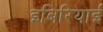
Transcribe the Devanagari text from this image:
इबिरियाई